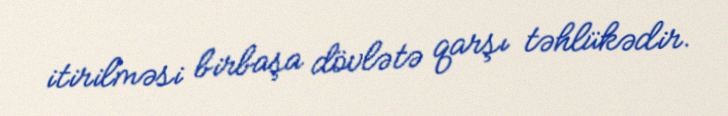
itirilməsi birbaşa dövlətə qarşı təhlükədir.